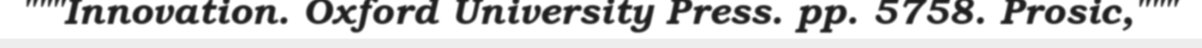
"""Innovation. Oxford University Press. pp. 5758. Prosic,"""